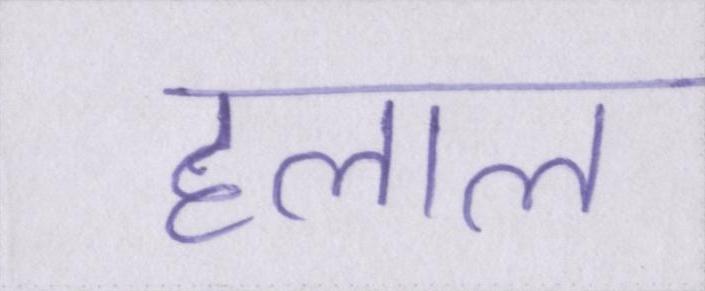
हलाल